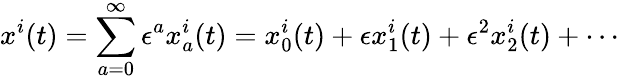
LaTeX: x^{i}(t)=\sum_{a=0}^{\infty}\epsilon^{a}x_{a}^{i}(t)=x_{0}^{i}(t)+\epsilon x_{1}^{i}(t)+\epsilon^{2}x_{2}^{i}(t)+\cdots